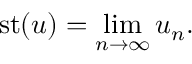
{ \mathrm { s t } } ( u ) = \operatorname* { l i m } _ { n \to \infty } u _ { n } .